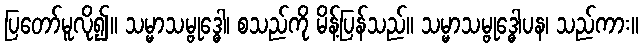
ပြတော်မူလို၍။ သမ္မာသမ္ဗုဒ္ဓေါ၊ စသည်ကို မိန့်ပြန်သည်။ သမ္မာသမ္ဗုဒ္ဓေါပန၊ သည်ကား။